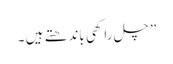
” چل راکھی باندھتے ہیں ۔